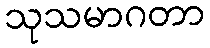
သုသမာဂတာ